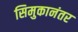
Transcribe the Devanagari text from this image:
सिमुकानंतर